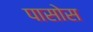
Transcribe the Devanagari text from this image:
पासोस